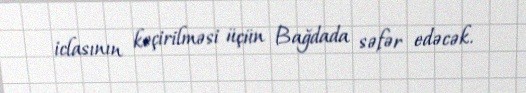
iclasının keçirilməsi üçün Bağdada səfər edəcək.